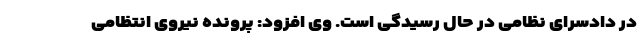
در دادسرای نظامی در حال رسیدگی است. وی افزود: پرونده نیروی انتظامی